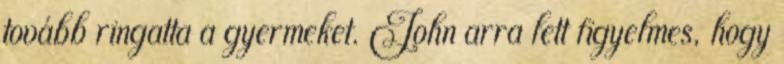
tovább ringatta a gyermeket. John arra lett figyelmes, hogy